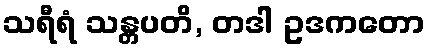
သရီရံ သန္တပတိ, တဒါ ဥဒကတော